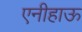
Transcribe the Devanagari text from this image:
एनीहाऊ